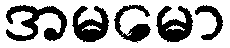
အမမော